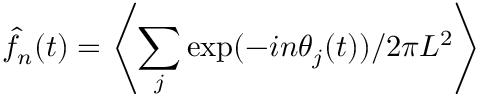
\hat { f } _ { n } ( t ) = \left\langle \sum _ { j } \mathrm { e x p } ( - i n \theta _ { j } ( t ) ) / 2 \pi L ^ { 2 } \right\rangle